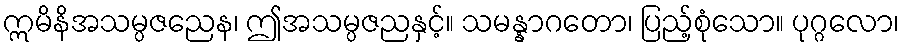
ဣမိနိအသမ္ပဇညေန၊ ဤအသမ္ပဇညနှင့်။ သမန္နာဂတော၊ ပြည့်စုံသော။ ပုဂ္ဂလော၊